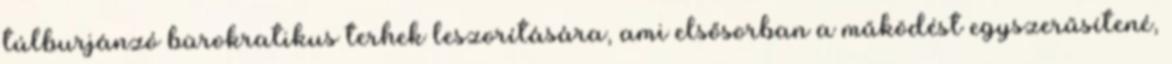
túlburjánzó bürokratikus terhek leszorítására, ami elsősorban a működést egyszerűsítené,